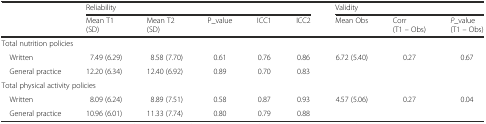
|  | <COLSPAN=5> Reliability | <COLSPAN=3> Validity |
 |  | Mean T1 (SD) | Mean T2 (SD) | P_value | ICC1 | ICC2 | Mean Obs | Corr (T1 – Obs) | P_value (T1 – Obs) |
 | --- | --- | --- | --- | --- | --- | --- | --- | --- |
 | <COLSPAN=9> Total nutrition policies |
 | Written | 7.49 (6.29) | 8.58 (7.70) | 0.61 | 0.76 | 0.86 | 6.72 (5.40) | 0.27 | 0.67 |
 | General practice | 12.20 (6.34) | 12.40 (6.92) | 0.89 | 0.70 | 0.83 |  |  |  |
 | <COLSPAN=9> Total physical activity policies |
 | Written | 8.09 (6.24) | 8.89 (7.51) | 0.58 | 0.87 | 0.93 | 4.57 (5.06) | 0.27 | 0.04 |
 | General practice | 10.96 (6.01) | 11.33 (7.74) | 0.80 | 0.79 | 0.88 |  |  |  |